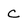
Character: C